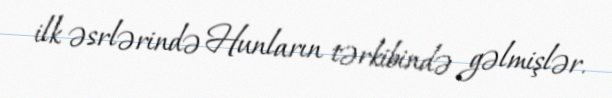
ilk əsrlərində Hunların tərkibində gəlmişlər.